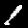
Digit: 1